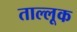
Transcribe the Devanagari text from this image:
ताल्लूक